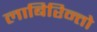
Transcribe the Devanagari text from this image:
लाबिरिन्तो